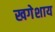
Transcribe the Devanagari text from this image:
खगेशाय